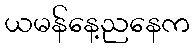
ယမန်နေ့ညနေက